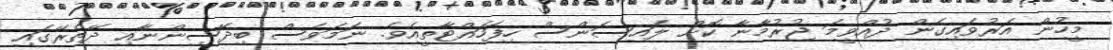
މީހުން އަރުވައިގެން ދުއްވީމަ ޖުރުމާނާ ކޮށް ލައިސަންސް ހިފަހައްޓާތީއެވެ. ނަމަވެސް ބިދޭސިންނާއި ދޭތެރޭގައި